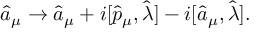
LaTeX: \hat { a } _ { \mu } \rightarrow \hat { a } _ { \mu } + i [ \hat { p } _ { \mu } , \hat { \lambda } ] - i [ \hat { a } _ { \mu } , \hat { \lambda } ] .